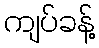
ကျပ်ခန့်